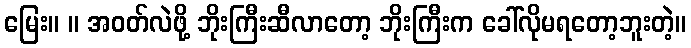
မြေး။ ။ အဝတ်လဲဖို့ ဘိုးကြီးဆီလာတော့ ဘိုးကြီးက ခေါ်လိုမရတော့ဘူးတဲ့။